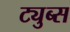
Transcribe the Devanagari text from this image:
ट्युब्स